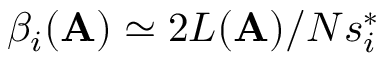
\beta _ { i } ( \mathbf { A } ) \simeq 2 L ( \mathbf { A } ) / N s _ { i } ^ { * }